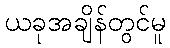
ယခုအချိန်တွင်မူ